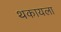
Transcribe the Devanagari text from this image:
थकायला